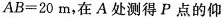
$$AB=20m$$，在A处测得P点的仰